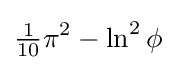
{\tfrac {1}{10}}\pi ^{2}-\ln ^{2}\phi